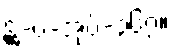
ဋ္ဌ-ပ-အုပ်-၃၆၇။